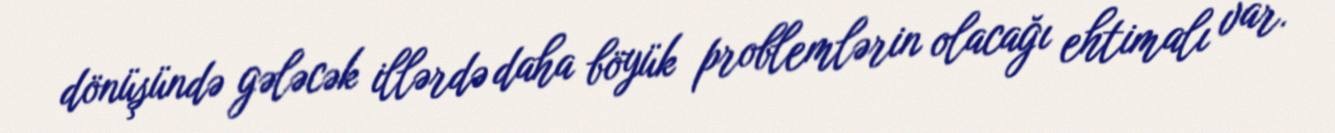
dönüşündə gələcək illərdə daha böyük problemlərin olacağı ehtimalı var.